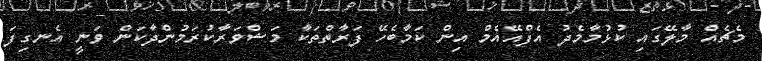
މެޗެއް މާލޭގައި ކުޅުމާމެދު އެފްއޭއެމް އިން ކަމާބެހޭ ފަރާތްތަކާ މަޝްވަރާކުރަމުންދާކަން ވަނީ އެނގިފަ